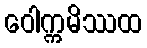
ဝေါက္ကမိဿထ